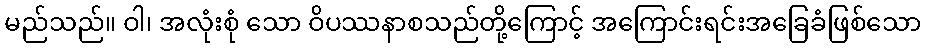
မည်သည်။ ဝါ၊ အလုံးစုံ သော ဝိပဿနာစသည်တို့ကြောင့် အကြောင်းရင်းအခြေခံဖြစ်သော